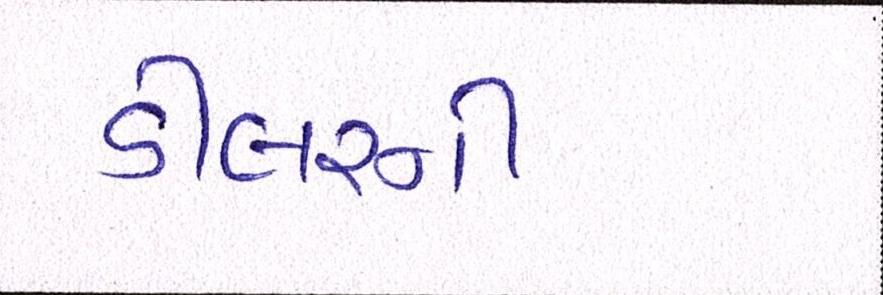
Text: ડીલરની